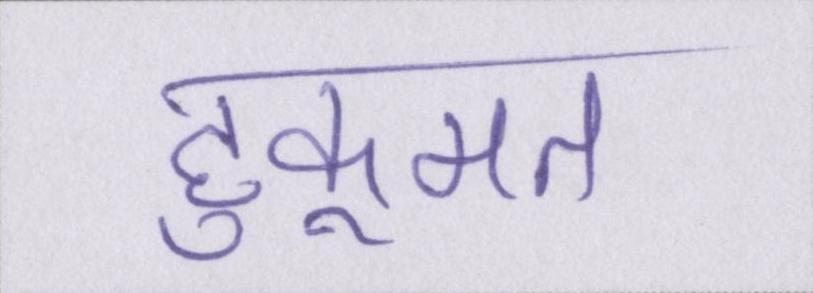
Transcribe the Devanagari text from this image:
हुकूमत